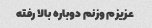
عزیزم وزنم دوباره بالا رفته